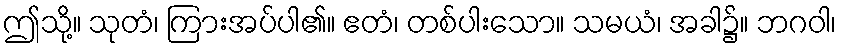
ဤသို့။ သုတံ၊ ကြားအပ်ပါ၏။ ဧတံ၊ တစ်ပါးသော။ သမယံ၊ အခါ၌။ ဘဂဝါ၊